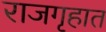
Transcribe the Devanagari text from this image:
राजगृहात